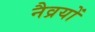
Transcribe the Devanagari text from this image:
नैव्रयों